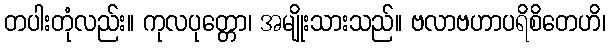
တပါးတုံလည်း။ ကုလပုတ္တော၊ အမျိုးသားသည်။ ဗလာဗဟာပရိစိတေဟိ၊